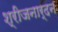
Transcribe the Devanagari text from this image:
श्रीजनार्दन